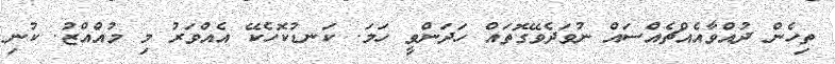
ތިހެން ދުއްވާއެެއްޗެއްސައް ނުވަދެވޭގޮތައް ހަދަންވީ ހަމަ. ކަނޑުކޮހެކޭ އެެއްވަރު މި މުއްއްޒު. ކުނި